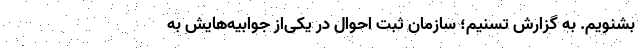
بشنویم. به گزارش تسنیم؛ سازمان ثبت احوال در یکی‌از جوابیه‌هایش به